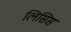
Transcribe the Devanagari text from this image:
लिसिस